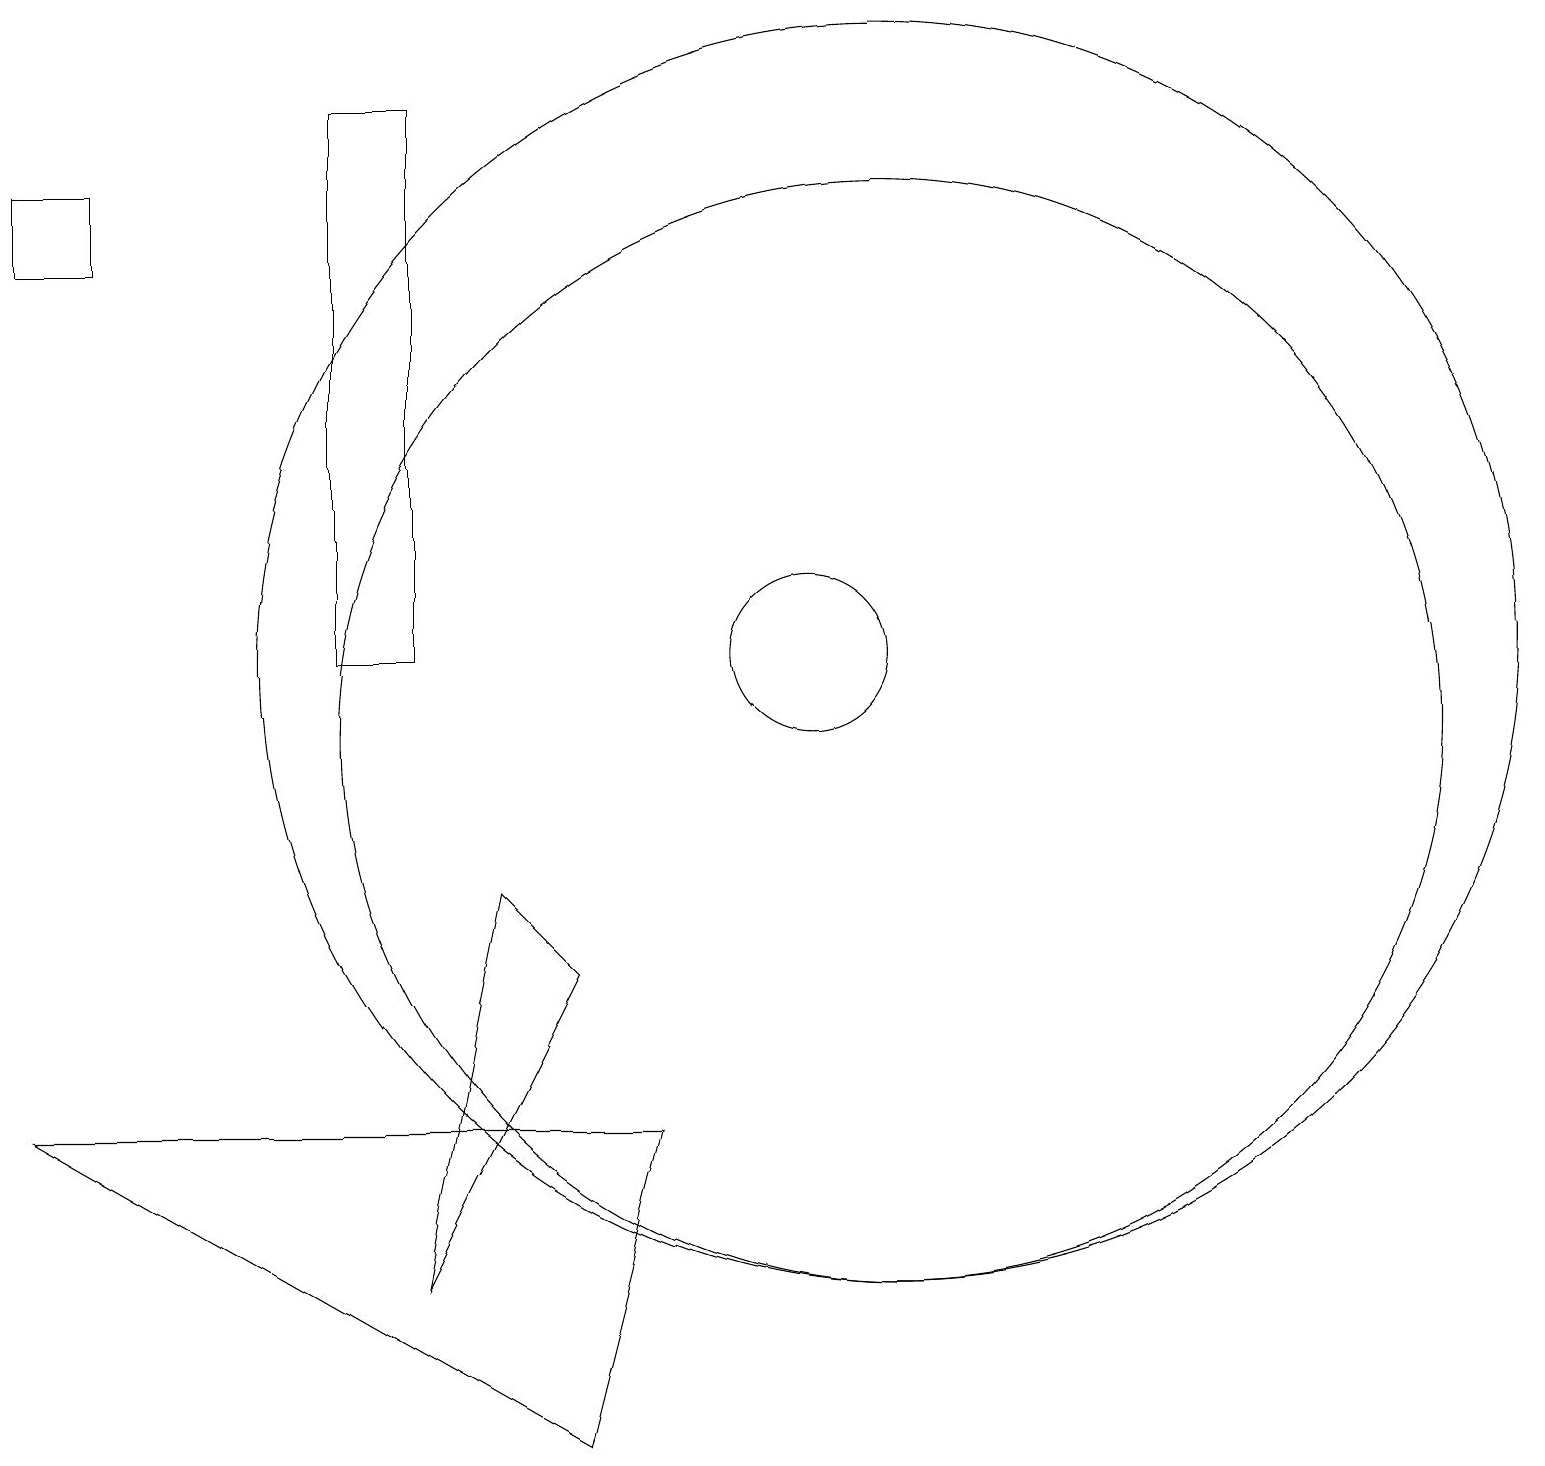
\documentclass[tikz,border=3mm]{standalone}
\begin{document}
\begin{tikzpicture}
\draw (8,5) -- (7,1) -- (0,5) -- cycle;
\draw (10,11) circle (1);
\draw (11,11) circle (8);
\draw (1,17) rectangle (0,16);
\draw (5,3) -- (6,8) -- (7,7) -- cycle;
\draw (5,11) rectangle (4,18);
\draw (11,10) circle (7);
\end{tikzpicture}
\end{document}